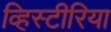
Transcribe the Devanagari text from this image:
व्हिस्टीरिया